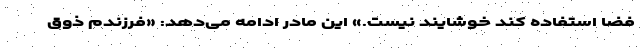
فضا استفاده کند خوشایند نیست.» این مادر ادامه می‌دهد: «فرزندم ذوق